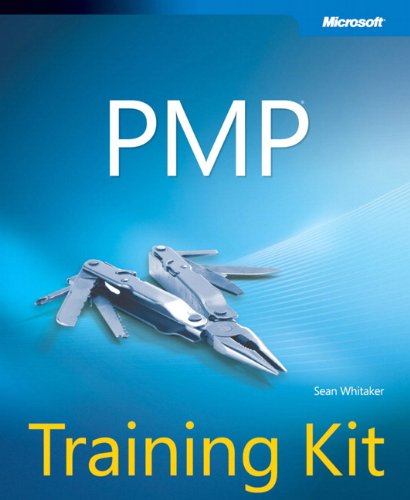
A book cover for PMP Training Kit (Microsoft Press Training Kit); Sean Whitaker; Test Preparation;